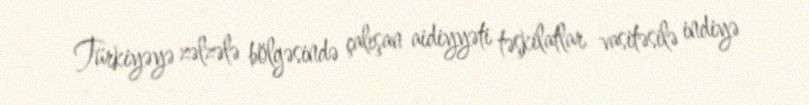
Türkiyəyə zəlzələ bölgəsində çalışan aidiyyəti təşkilatlar vasitəsilə indiyə